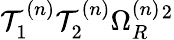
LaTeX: \mathcal{T}_{1}^{(n)}\mathcal{T}_{2}^{(n)}\Omega_{R}^{(n)}{}^{2}